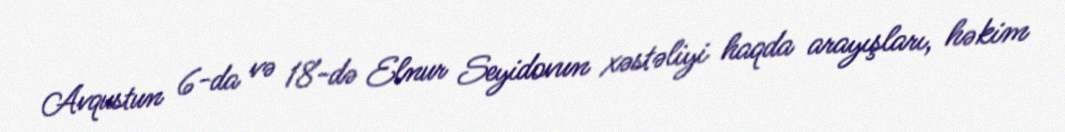
Avqustun 6-da və 18-də Elnur Seyidovun xəstəliyi haqda arayışları, həkim